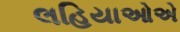
લહિયાઓએ